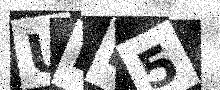
Text: UED5